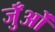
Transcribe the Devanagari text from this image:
जुँओं